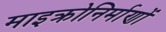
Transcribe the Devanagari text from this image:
माइक्रोनिर्माणों